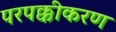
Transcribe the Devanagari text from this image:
परपक्कीकरण